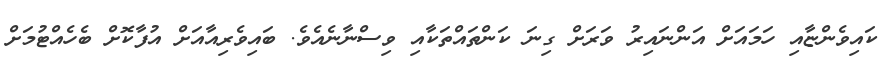
ކައިވެންޏާއި ހަމައަށް އަންނައިރު ވަރަށް ގިނަ ކަންތައްތަކާއި ވިސްނާނެއެވެ. ބައިވެރިއާއަށް އުފާކޮށް ބެެހެއްޓުމަށް